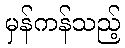
မှန်ကန်သည့်